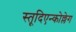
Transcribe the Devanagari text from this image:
स्तूदिएन्कोल्लेग